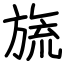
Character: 旒